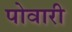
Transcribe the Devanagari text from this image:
पोवारी